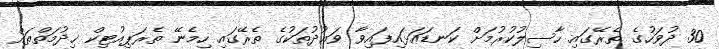
30 ދުވަހުގެ ތެރޭގައި ހާސިލުކުރުމަށް ކަނޑައަޅައިފައިވާ ވަޢުދުތަކުގެ ތެރޭގައި ހިމެނޭ ތެރަޕިއުޓިކް ޚިދުމަތްތައް